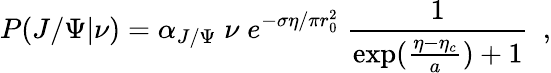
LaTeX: P(J/\Psi|\nu)=\alpha_{J/\Psi}\; \nu\; e^{-\sigma\eta/\pi r_{0}^{2}}\; {\frac{1}{\exp({\frac{\eta-\eta_{c}}{a}})+1}}\ \ ,